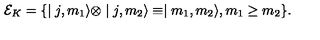
{ \cal E } _ { K } = \{ \mid j , m _ { 1 } \rangle \otimes \mid j , m _ { 2 } \rangle \equiv \mid m _ { 1 } , m _ { 2 } \rangle , m _ { 1 } \geq m _ { 2 } \} .